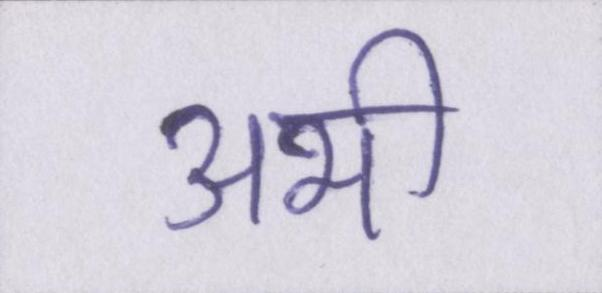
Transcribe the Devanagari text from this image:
अभी